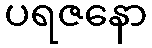
ပရဇနော